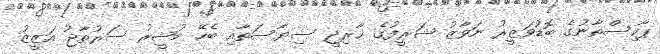
ޕާކިސްތާނުގެ ބޮޑުވަޒީރު ނަވާޒު ޝަރީފުގެ ޚާރިޖީ ސިޔާސަތާއި ބެހޭ މުޝީރު ސަރުތާޖު އަޒީޒު